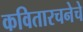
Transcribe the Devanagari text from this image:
कवितारचनेचे